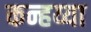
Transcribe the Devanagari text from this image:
कन्हय्या